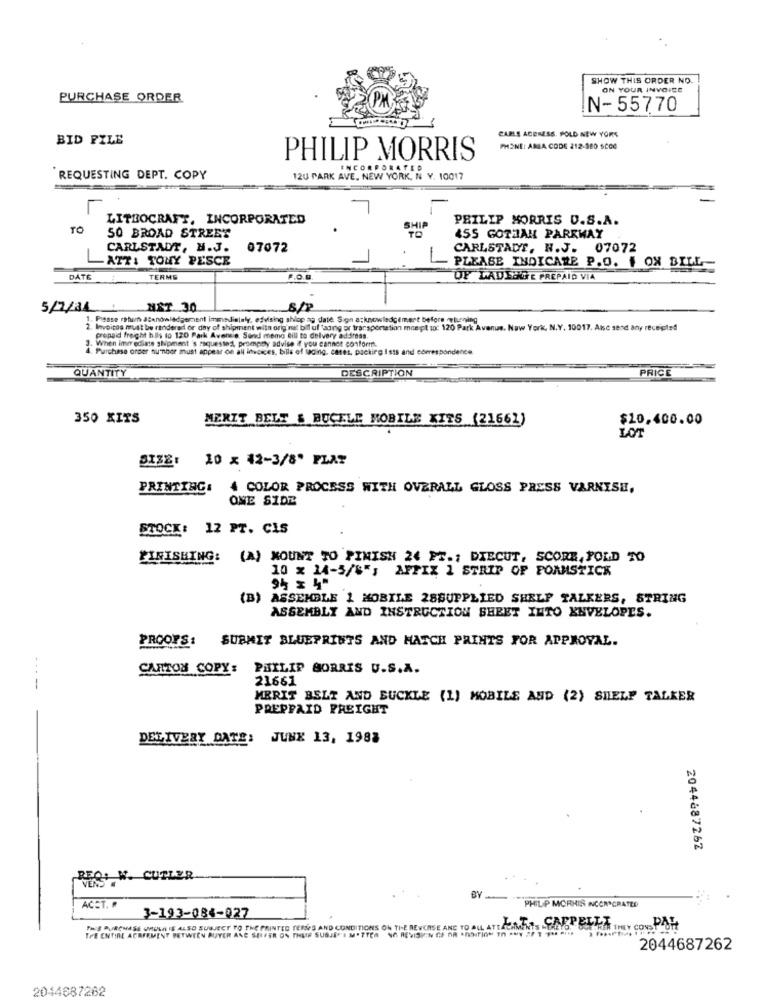
SHOW THIS ORDER NO.
ON YOUR INVOICE
PURCHASE ORDER
N-55770
CABLE ACERESS. FOLD NEW YORS
BID FILE
PHONE: ANIA CODE 212-200 5000
PHILIP MORRIS
INCORP
REQUESTING DEPT. COPY
12U PARK AVE, NEW YORK, N Y. 10017
LITROCRAFT, INCORPORATED
PHILIP MORRIS O.S.A.
TO
50 BROAD STREET
455 GOTHIAN PARKWAY
CARLSTADT, H.J.
07072
CARLSTADT, N.J. 07072
ATT: TONY PESCE
PLEASE INDICARE P.O. # ON BILL
DATE
TERMS
P.O.
OF LADECOSE PREPAID VIA
5/7/31 MET 30
str
1. Please return acenowledgement immediately, esvising shlop ag date. S.on acknowledgement before pliening
2. Invoices must be rendered or day of shipment with original bill of lading or transportation mnept tot 120 Park Avenue, New York, N.Y. 10017. Alsc send any receiptsd
3. When Immediate shipment 's requested, promptly advise if you cannot conform.
prepaid freight hils to 120 Park Avenue. Send memo bill to delvery address.
4. Purchase order number must appear on all invoices, bills of lading. cases, packing Ists and correspondence
QUANTITY
DESCRIPTION
PRICE
350 KITS
MERIT BELT & BUCELE MOBILE KITS (21662)
$20,400.00
LOT
SIZE: 10 x 42-3/8" PLAT
PRINTING:
4 COLOR PROCESS WITH OVERALL GLOSS PRESS VARNISH,
ONE SIDE
STOCK: 12 PT. CIS
FINISHING: (A) MOUNT TO PIMISH 24 FT .; DIECUT, SCORE, POLD TO
10 x 14-5/8"; AFFIX 1 STRIP OF FOAMSTICK
(B) ASSEMBLE 1 MOBILE 28SUPPLIED SHELF TALKERS, STRING
ASSEMBLY AND INSTRUCTION SHEET INTO ENVELOPES.
PROOFS: SUBMIT BLUEPRINTS AND MATCH PAINTS FOR APPROVAL.
CARTON COPY:
PHILIP BORRIS U.S.A.
21661
----
MERIT BELT AND BUCKLE (1) MOBILE AND (2) SHELP TALKER
PREPPAID FREIGHT
DELIVERY DATE: JUNE 13, 1988
2044687262
BEC: W. CUTLER.
VENS
ACCT. R.
BY_
PHILIP MCRHIS ICONSCRATED
3-193-084-027
THIS PURCHASE WHOLE IS ALSO SUBJECT TO THE PRINTED TERMS AND CONDITIONS ON TI-E REVERSE ANC TO ALL ATTACHMENTS HERETO, O
THE ENTIRE AGREEMENT BETWEEN BUYER ANE SEIFER ON THEIR SUSJEFE MATTER NO REVISION OF AR *MOTION TO *MY "-MH
2044687262
2044887262